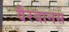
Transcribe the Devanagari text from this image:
वैरवानस